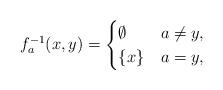
LaTeX: \begin{align*}f_a^{-1}(x,y) =\begin{cases}\emptyset& a \neq y, \\\{x\} & a = y,\end{cases}\end{align*}